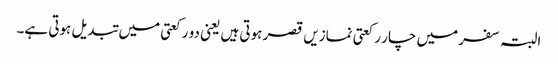
البتہ سفر میں چار رکعتی نمازیں قصر ہوتی ہیں یعنی دو رکعتی میں تبدیل ہوتی ہے۔